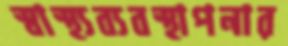
স্বাস্থ্যব্যবস্থাপনার